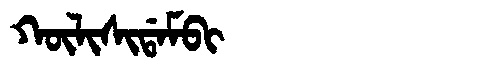
Manchu: ᡴᡡᠯᡳᠰᡳᡩᠠᠮᠪᡳ
Romanization: KŪLISIDAMBI